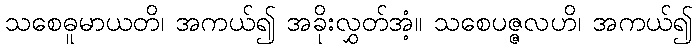
သစေဓူမာယတိ၊ အကယ်၍ အခိုးလွှတ်အံ့။ သစေပဇ္ဇလဟိ၊ အကယ်၍